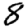
Digit: 8